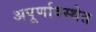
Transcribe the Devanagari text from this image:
अपूर्णावस्थेत